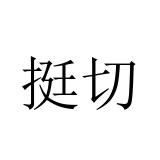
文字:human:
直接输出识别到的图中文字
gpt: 挺切